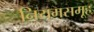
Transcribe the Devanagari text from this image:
नियमसमूह